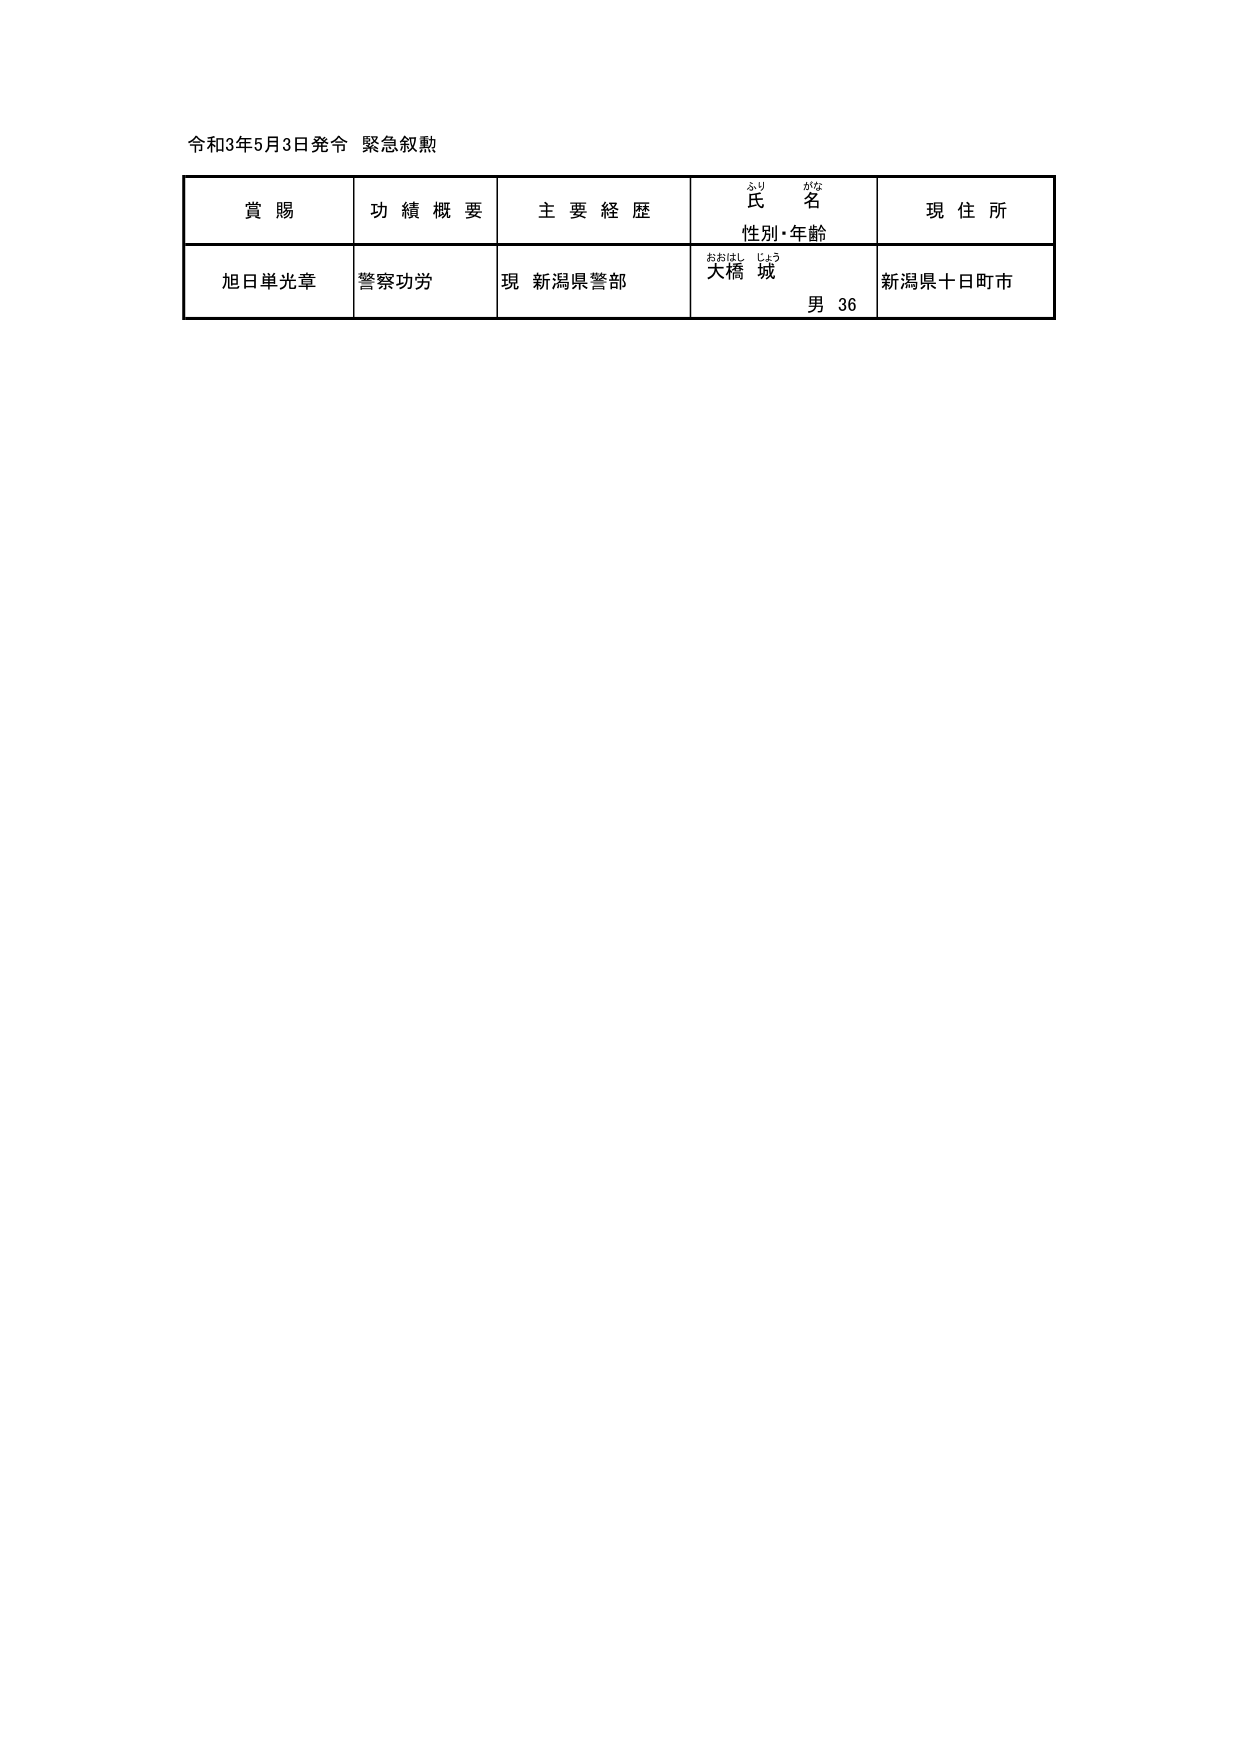
令和3年5月3日発令 緊急叙勲

賞賜　　　　　功績概要　　　　主要経歴　　　　氏名　　　　　　現住所
　　　　　　　　　　　　　　　　性別・年齢

旭日単光章　　警察功労　　　　現 新潟県警部　　大橋 城　　　　新潟県十日町市
　　　　　　　　　　　　　　　　　　　　　　　　男 36

おおはし じょう